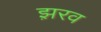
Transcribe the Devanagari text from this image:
झ़रव